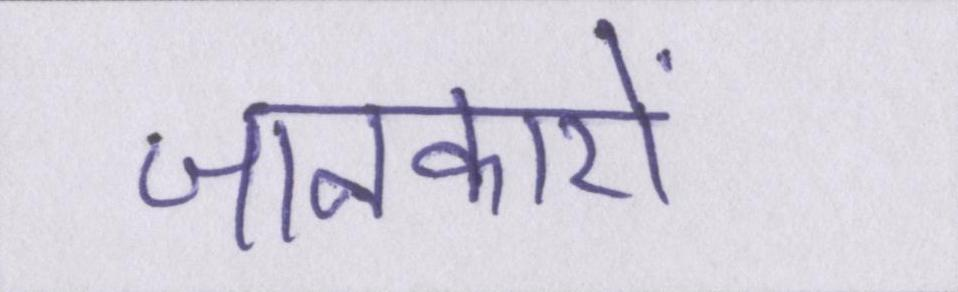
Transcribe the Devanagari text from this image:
जानकारों